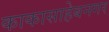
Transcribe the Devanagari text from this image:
काकासाहेबनगर